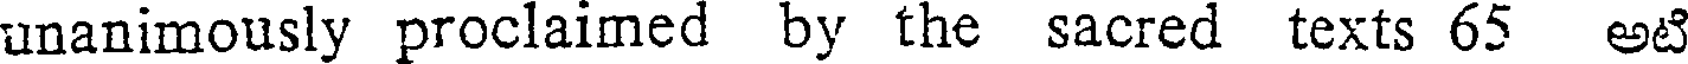
unanimously proclaimed by the sacred texts 65 అటి